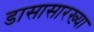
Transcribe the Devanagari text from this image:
डासासारख्या